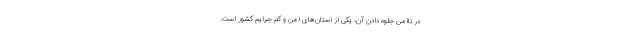
در ناامن جلوه دادن آن، یکی از استان‌های امن و کم جرایم کشور است.